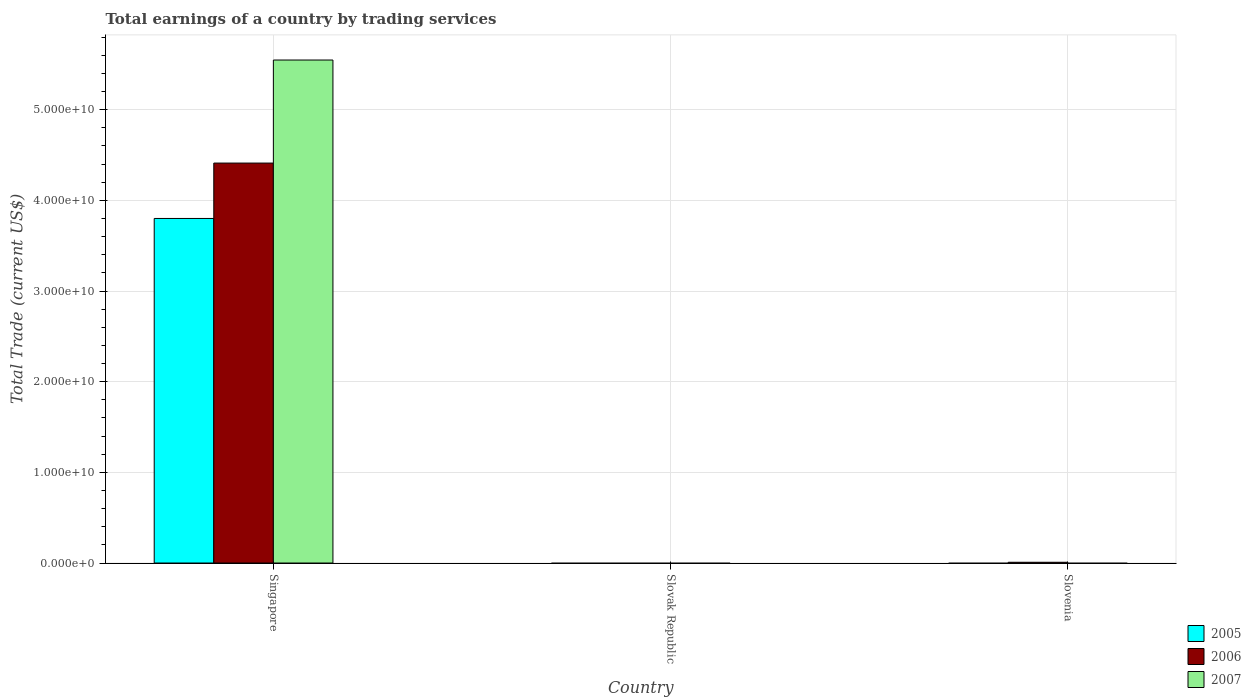
| Country | 2005 | 2006 | 2007 |
 | --- | --- | --- | --- |
 | Singapore | 3.8e+10 | 4.41e+10 | 5.55e+10 |
 | Slovak Republic | -2.04e+09 | -1.79e+09 | -3.76e+08 |
 | Slovenia | -1.98e+08 | 8.38e+07 | -5.98e+08 |